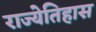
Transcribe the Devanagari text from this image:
राज्येतिहास